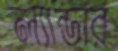
ল্যান্ডার